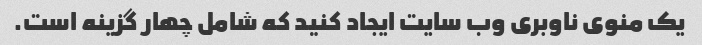
یک منوی ناوبری وب سایت ایجاد کنید که شامل چهار گزینه است.